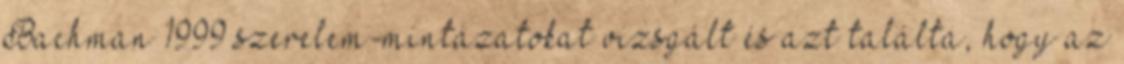
Bachman 1999 szerelem-mintázatokat vizsgált és azt találta, hogy az